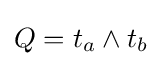
Q=t_{a}\land t_{b}